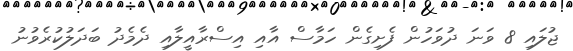
ޖުލައި 8 ވަނަ ދުވަހުން ފެށިގެން ހަމާސް އާއި އިސްރާއީލާއި ދެމެދު ބަދަލުކުރެވުނު